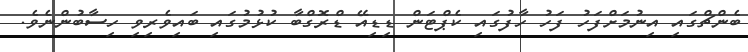
ބެންޗްގައި އިނުމަށްފަހު ފަހު ހާފުގައި ކެޕްޓަން ޑިޑިއޭ ޑްރޮގްބާ ކުޅުމުގައި ބައިވެރިވި ހިސާބުންނެވެ.